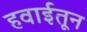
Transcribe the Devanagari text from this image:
हवाईतून